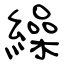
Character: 繰